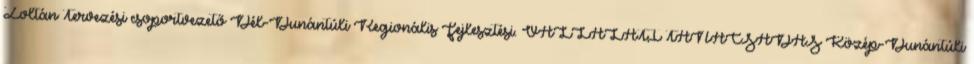
Zoltán Tervezési csoportvezető Dél-Dunántúli Regionális Fejlesztési. VÁLLALATI TANÁCSADÁS Közép-Dunántúli